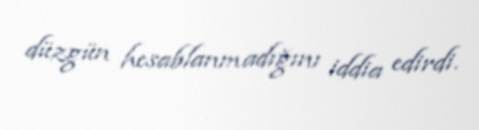
düzgün hesablanmadığını iddia edirdi.